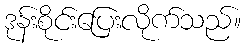
ဒုန်းစိုင်းပြေးလိုက်သည်။